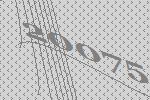
20075